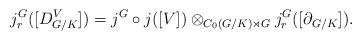
LaTeX: \begin{align*}j_r^G([D_{G/K}^V])=j^G\circ j([V])\otimes_{C_0(G/K)\rtimes G} j_r^G([\partial_{G/K}]).\end{align*}